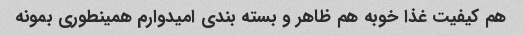
هم کیفیت غذا خوبه هم ظاهر و بسته بندی امیدوارم همینطوری بمونه